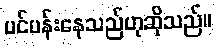
ပင်ပန်းနေသည်ဟုဆိုသည်။